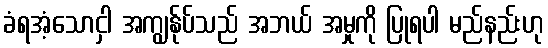
ခံရအံ့သောငှါ အကျွန်ုပ်သည် အဘယ် အမှုကို ပြုရပါ မည်နည်းဟု